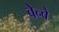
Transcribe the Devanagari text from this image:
बेन्वे